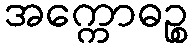
အက္ကောဓဉ္စ